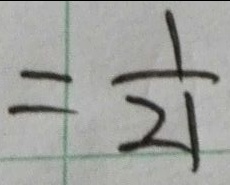
= \frac { 1 } { 2 1 }